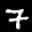
Label: 7